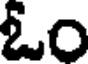
ఓం